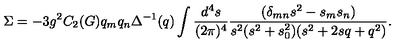
\Sigma = - 3 g ^ { 2 } C _ { 2 } ( G ) q _ { m } q _ { n } \Delta ^ { - 1 } ( q ) \int \frac { d ^ { 4 } s } { ( 2 \pi ) ^ { 4 } } \frac { ( \delta _ { m n } s ^ { 2 } - s _ { m } s _ { n } ) } { s ^ { 2 } ( s ^ { 2 } + s _ { 0 } ^ { 2 } ) ( s ^ { 2 } + 2 s q + q ^ { 2 } ) } .